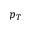
p _ { T }